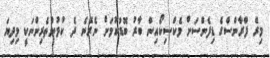
މިރޭ ފްރާންސްގެ ޑިފެންސަށް މެކްސިކޯއިން ބާރު ބޮޑުކުމަށް ނެރޭނެ ދެ ކުޅުންތެރިންނަކީ މިދިޔަ